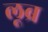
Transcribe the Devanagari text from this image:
लूब्र